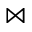
\bowtie